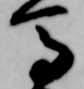
馬